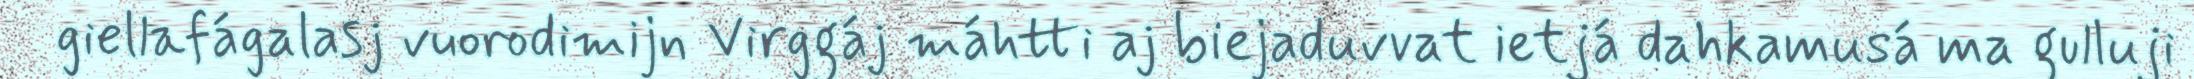
giellafágalasj vuorodimijn Virggáj máhtti aj biejaduvvat ietjá dahkamusá ma gulluji